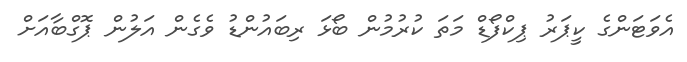
އެވަޓަންގެ ކީޕަރު ޕިކްފޯޑް މަތަ ކުރުމުން ބޯޅަ ރިބައުންޑު ވެގެން އަލުން ޕޮގްބާއަށް